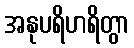
အနုပရိဟရိတွာ